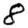
Digit: 8